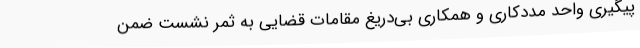
پیگیری واحد مددکاری و همکاری بی‌دریغ مقامات قضایی به ثمر نشست ضمن